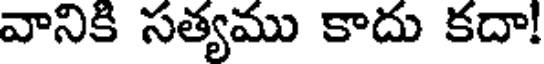
వానికి సత్యము కాదు కదా!